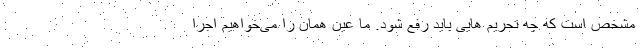
مشخص است که چه تحریم هایی باید رفع شود. ما عین همان را می‌خواهیم اجرا